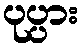
ပုပ္ပား